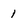
Character: 1